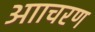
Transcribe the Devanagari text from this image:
आाचरण